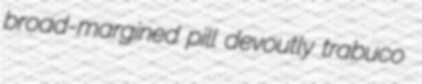
broad-margined pill devoutly trabuco